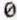
0